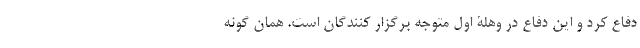
دفاع کرد و این دفاع در وهلۀ اول متوجه برگزار کنندگان است. همان گونه